Madras plague regulations in force outside the Presidency town - Volume 2
Disease focus: Plague
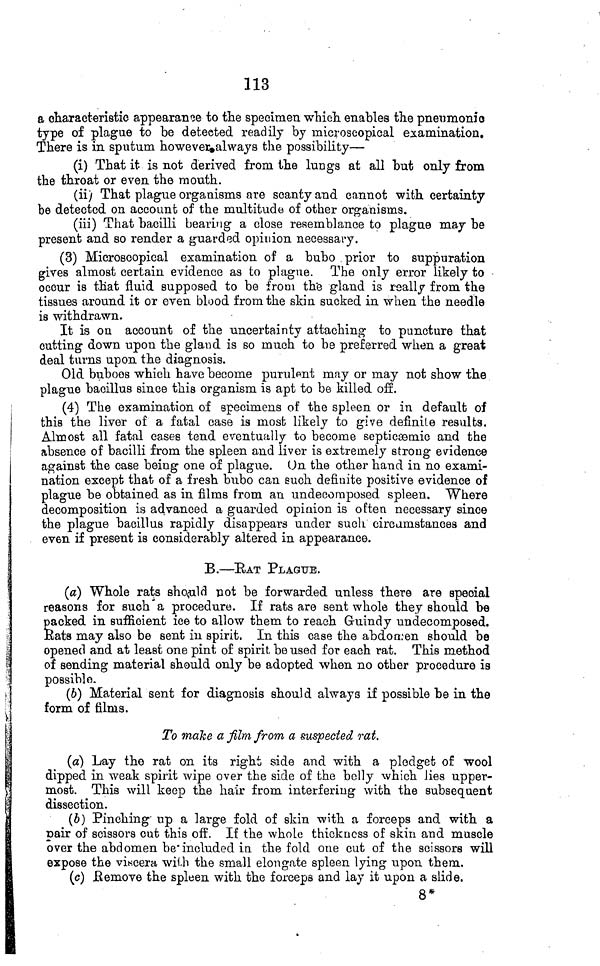
113
a characteristic appearance to the specimen which enables the pneumonic
type of plague to be detected readily by microscopical examination.
There is in sputum however always the possibility—
(i) That it is not derived from the lungs at all but only from
the throat or even the mouth.
(ii) That plague organisms are scanty and cannot with certainty
be detected on account of the multitude of other organisms.
(iii) That bacilli bearing a close resemblance to plague may be
present and so render a guarded opinion necessary.
(3) Microscopical examination of a bubo prior to suppuration
gives almost certain evidence as to plague. The only error likely to
occur is that fluid supposed to be from the gland is really from the
tissues around it or even blood from the skin sucked in when the needle
is withdrawn.
It is on account of the uncertainty attaching to puncture that
cutting down upon the gland is so much to be preferred when a great
deal turns upon the diagnosis.
Old buboes which have become purulent may or may not show the
plague bacillus since this organism is apt to be killed off.
(4) The examination of specimens of the spleen or in default of
this the liver of a fatal case is most likely to give definite results.
Almost all fatal cases tend eventually to become septicæmic and the
absence of bacilli from the spleen and liver is extremely strong evidence
against the case being one of plague. On the other hand in no exami-
nation except that of a fresh bubo can euch definite positive evidence of
plague be obtained as in films from an undecomposed spleen. Where
decomposition is advanced a guarded opinion is often necessary since
the plague bacillus rapidly disappears under such circumstances and
even if present is considerably altered in appearance.
B.—RAT PLAGUE.
(a) Whole rats should pot be forwarded unless there are special
reasons for such a procedure. If rats are sent whole they should be
packed in sufficient ice to allow them to reach Guindy undecomposed.
Rats may also be sent in spirit. In this case the abdomen should be
opened and at least one pint of spirit be used for each rat. This method
of sending material should only be adopted when no other procedure is
possible.
(6) Material sent for diagnosis should always if possible be in the
form of films.
To make a film from a suspected rat.
(a) Lay the rat on its right side and with a pledget of wool
dipped in weak spirit wipe over the side of the belly which lies upper-
most. This will keep the hair from interfering with the subsequent
dissection.
(6) Pinching up a large fold of skin with a forceps and with a
pair of scissors cut this off. If the whole thickness of skin and muscle
over the abdomen be included in the fold one cut of the scissors will
expose the viscera with the small elongate spleen lying upon them.
(c) Remove the spleen with the forceps and lay it upon a slide.
8*